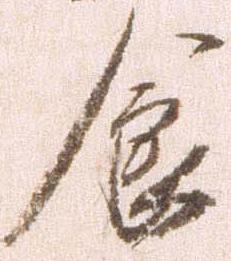
食